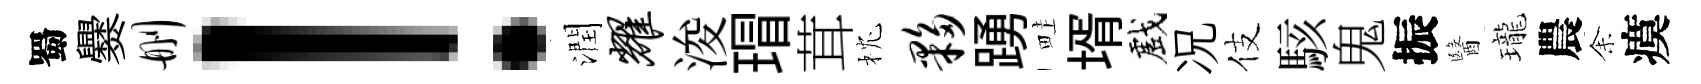
蜀爨删！潤耀浚瑁茸枕夥踴畦壻戲况伎駭鬼振醫瓏農𪜬瘼